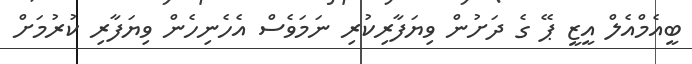
ބީއެމްއެލް އީޒީ ޕޭ ގެ ދަށުން ވިޔަފާރިކުރި ނަމަވެސް އެހެނިހެން ވިޔަފާރި ކުރުމަށް